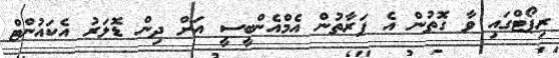
ރިޕޯޓްގައި ވާ ގޮތުން އެ ފަރާތުން އެމްއެންބީސީ އަށް ދިން ޑޮލަރު އެކައުންޓް